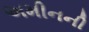
અમીનની